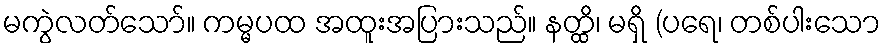
မကွဲလတ်သော်။ ကမ္မပထ အထူးအပြားသည်။ နတ္ထိ၊ မရှိ (ပရေ၊ တစ်ပါးသော